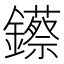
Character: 𨯓